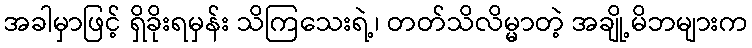
အခါမှာဖြင့် ရှိခိုးရမှန်း သိကြသေးရဲ့၊ တတ်သိလိမ္မာတဲ့ အချို့မိဘများက